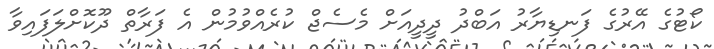
ކޯޓުގެ އޭރުގެ ފަނޑިޔާރު އަބްދު ދީދީއަށް މެސެޖް ކުރެއްވުމުން އެ ފަރާތް ދޫކޮށްލަފައިވާ